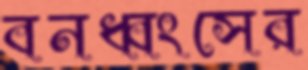
বনধ্বংসের